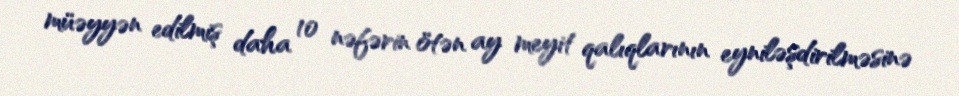
müəyyən edilmiş daha 10 nəfərin ötən ay meyit qalıqlarının eyniləşdirilməsinə